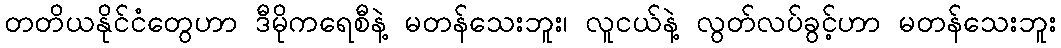
တတိယနိုင်ငံတွေဟာ ဒီမိုကရေစီနဲ့ မတန်သေးဘူး၊ လူငယ်နဲ့ လွတ်လပ်ခွင့်ဟာ မတန်သေးဘူး